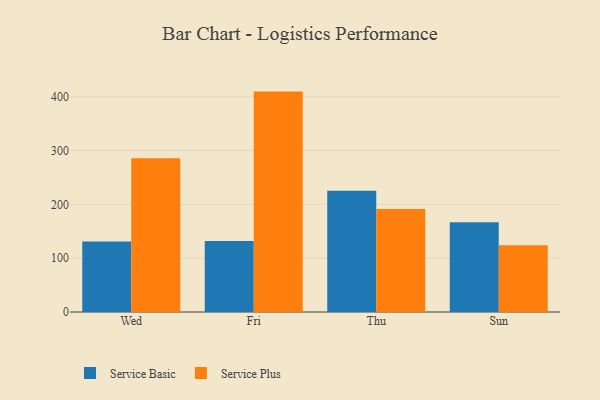
{"axis": {"x": "Day", "y": "Tickets Resolved"}, "legend": ["Service Basic", "Service Plus"], "data": [{"x": "Wed", "y": 130.8, "type": "Service Basic"}, {"x": "Wed", "y": 285.7, "type": "Service Plus"}, {"x": "Fri", "y": 132.0, "type": "Service Basic"}, {"x": "Fri", "y": 409.5, "type": "Service Plus"}, {"x": "Thu", "y": 225.5, "type": "Service Basic"}, {"x": "Thu", "y": 191.6, "type": "Service Plus"}, {"x": "Sun", "y": 166.6, "type": "Service Basic"}, {"x": "Sun", "y": 124.1, "type": "Service Plus"}]}